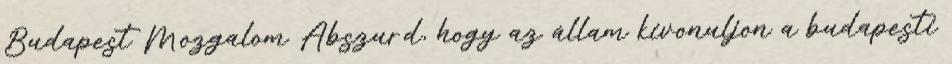
Budapest Mozgalom Abszurd, hogy az állam kivonuljon a budapesti